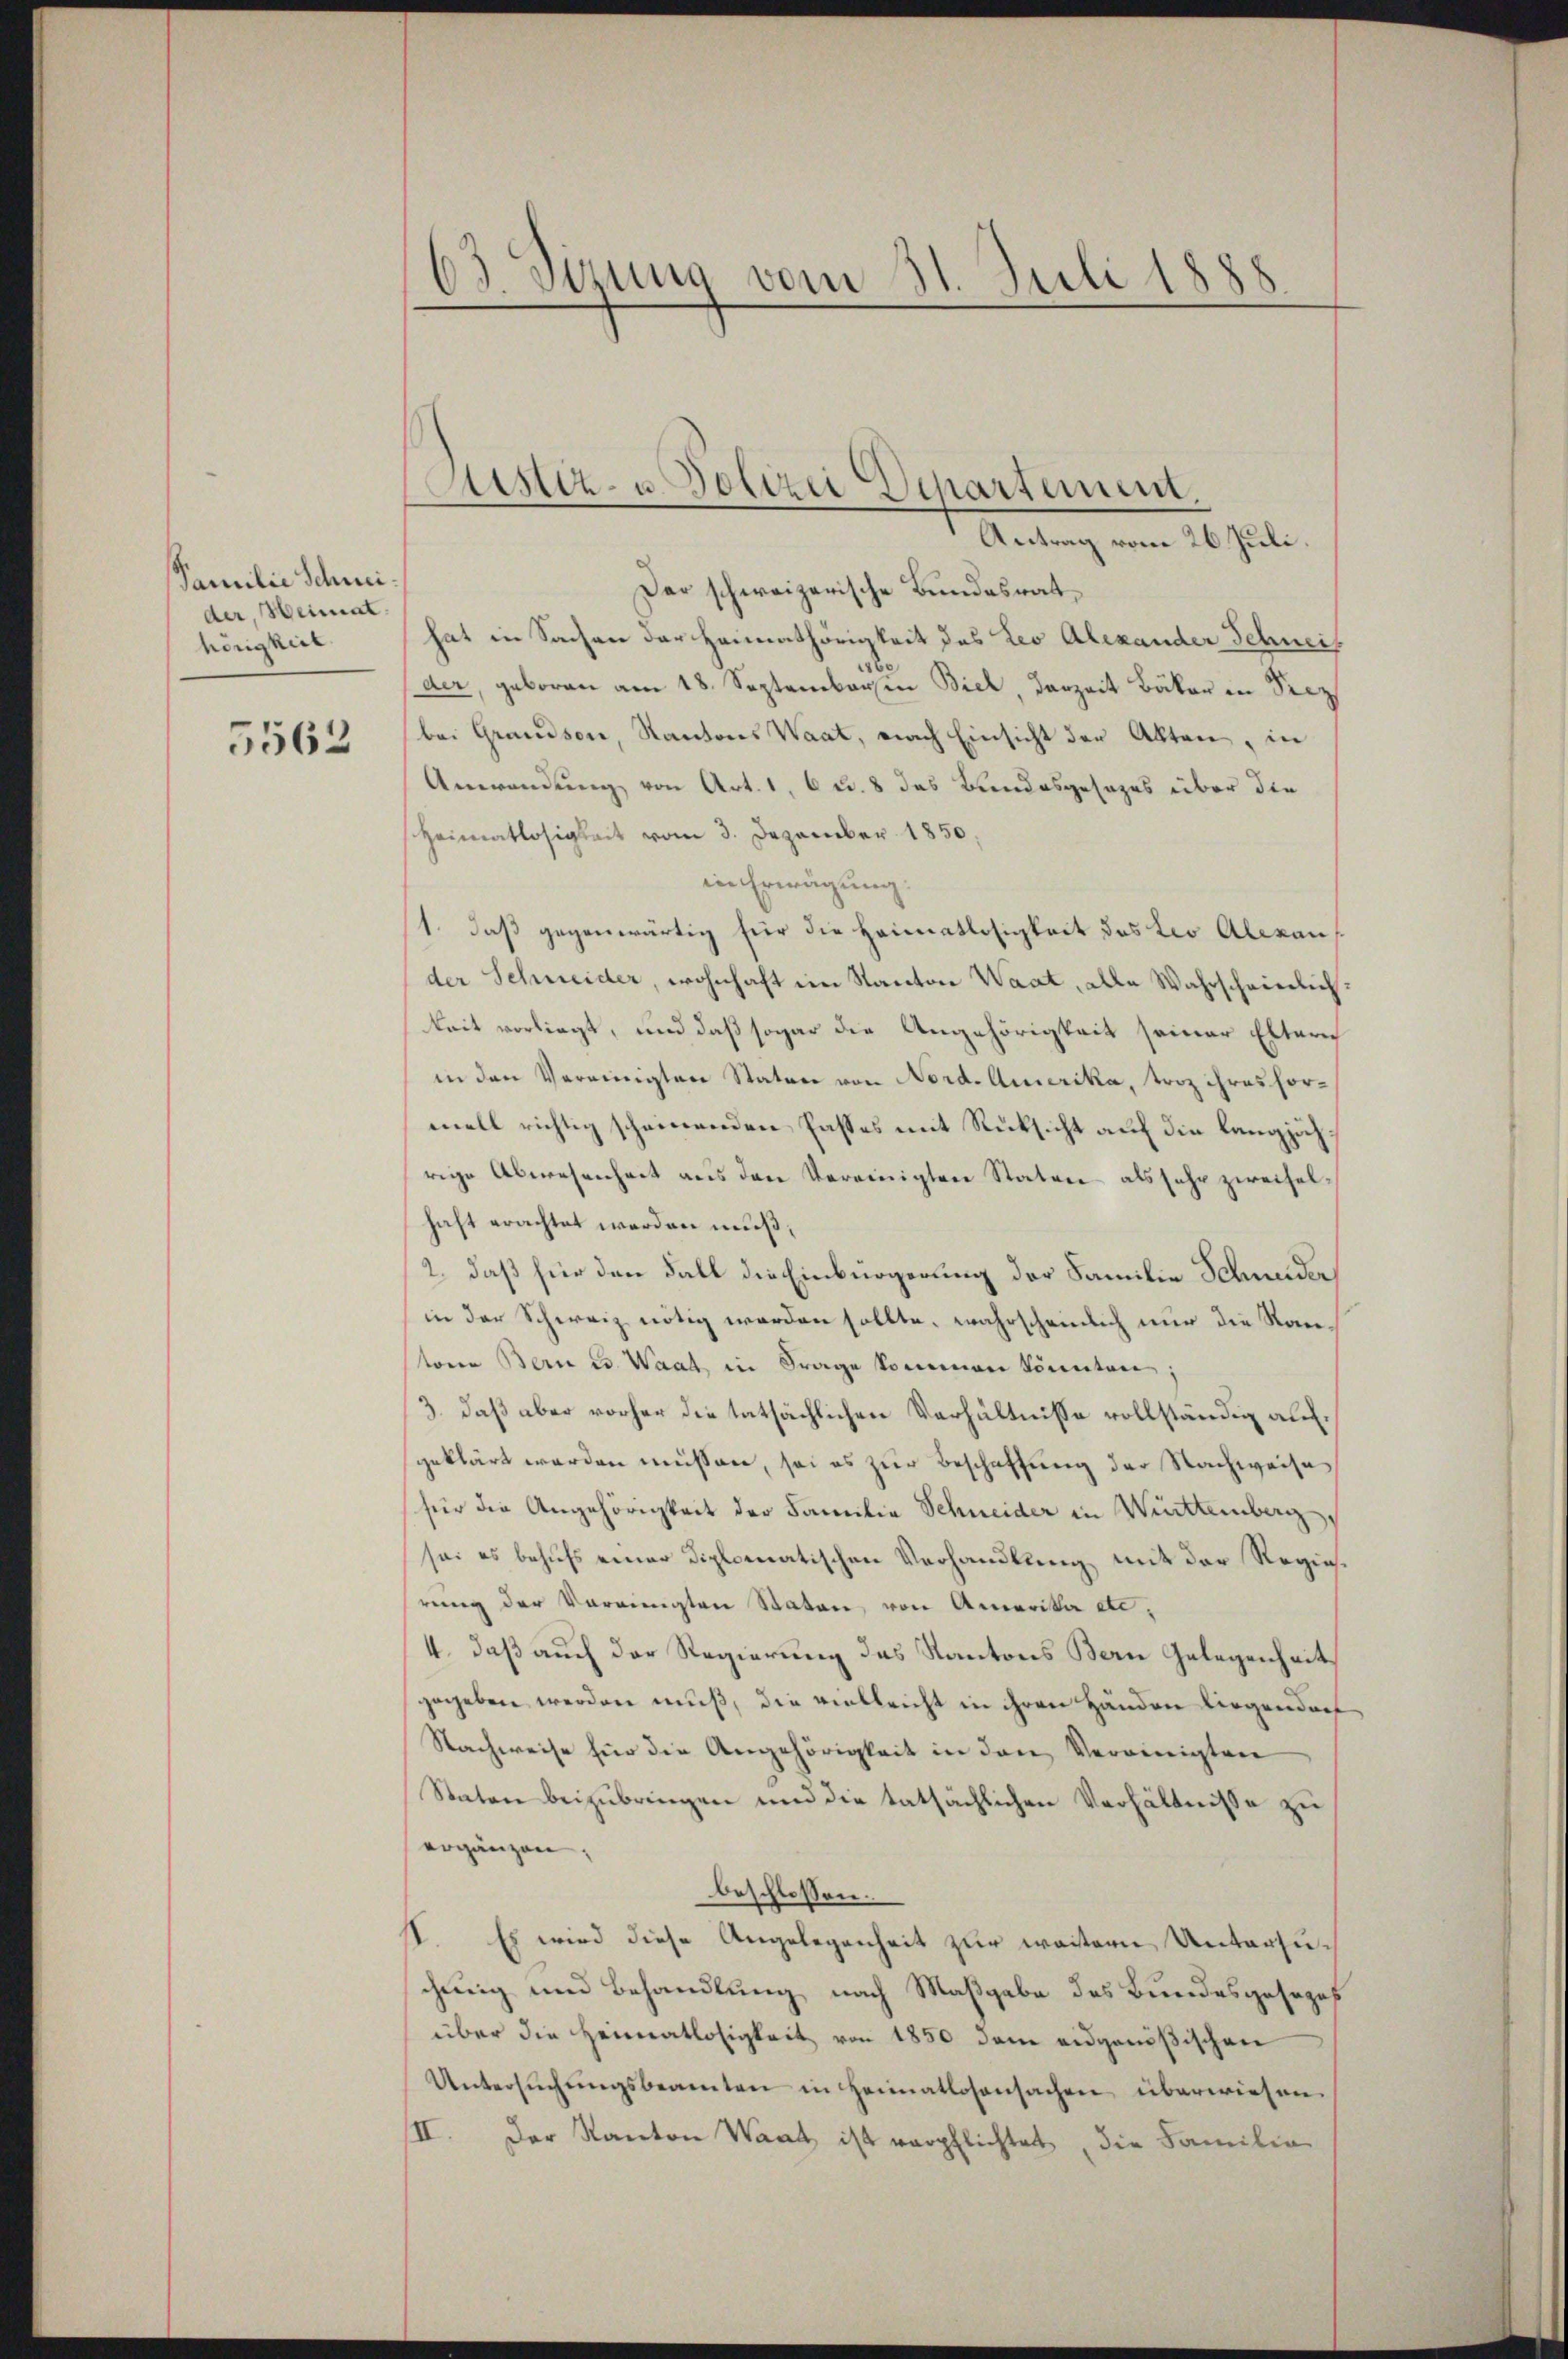
Familie Schneider, Heimat.
hörigkeit

5562

63 Sizung vom 31. Juli 1888

istiz- u. Polizei Departement.
Antrag vom 26. Juli.

Der schweizerische Bundesrathat in Sachen der Heimathörigkeit des Leo Alexander Schneis
der
der, geboren am 18. Septemberen Biel, derzeit Bäker in Seiz
bei Grandson, Kantons Waat, nach Einsicht der Akten, in
Anwendung von Art. 1, 6 u. 8 das Bundesgesezes über die
Heimatlosigkeit vom 3. Dezember 1850,
in Erwägung:
1. daß gegenwärtig für die Heimatlosigkeit des Leo Alexan
der Schneider, wohnhaft im Kanton Waat, alle Wahrscheinlichkeit vorliegt, und daß sogar die Angehörigkeit seiner Elterei
in den Vereinigten Staten von Nord-Amerika, troz ihres formell richtig scheinenden Passes mit Rücksicht auf die länglich
rige Abwesenheit aus den Vereinigten Raten als sehr zweifel-
haft erachtet werden muß;
2. daß für den Fall die Einbürgerung der Familie Schneider
in der Schweiz nötig werden sollte, wahrscheinlich nur die Rautone Bern u. Waat, in Frage kommen könnten;
3., daß aber vorher die tatsächlichen Verhältnisse vollständig aufgeklärt werden müssen, sei es zur Beschaffung der Nachweise
für die Angehörigkeit der Familia Schneider in Winttemberg,
sei es behufs einer Diplomatischen Verhandlung mit der Regiereng der Vorringten Stator von Amerika ei¬
4., daß auch der Regierung des Kantons Bern Gelegenheit
gegeben werden muß, die vielleicht in ihren Händen liegendorf
Nachweise für die Angehörigkeit in den Vereinigten
Staten beizubringen und die tatsächlichen Verhältnisse zu
ergänzen,
beschlossen:
II. Es wird diese Angelegenheit zur weitern Untersuschnig und Behandlung nach Maßgabe des Bundesgesezes
über die Heimatlosigkeit von 1850 dem eidgenößischen
Untersŭchŭngsbeamten in Heimatlosensachen überwiesen.
II. Der Kanton Waat, ist verpflichtet, die Familie